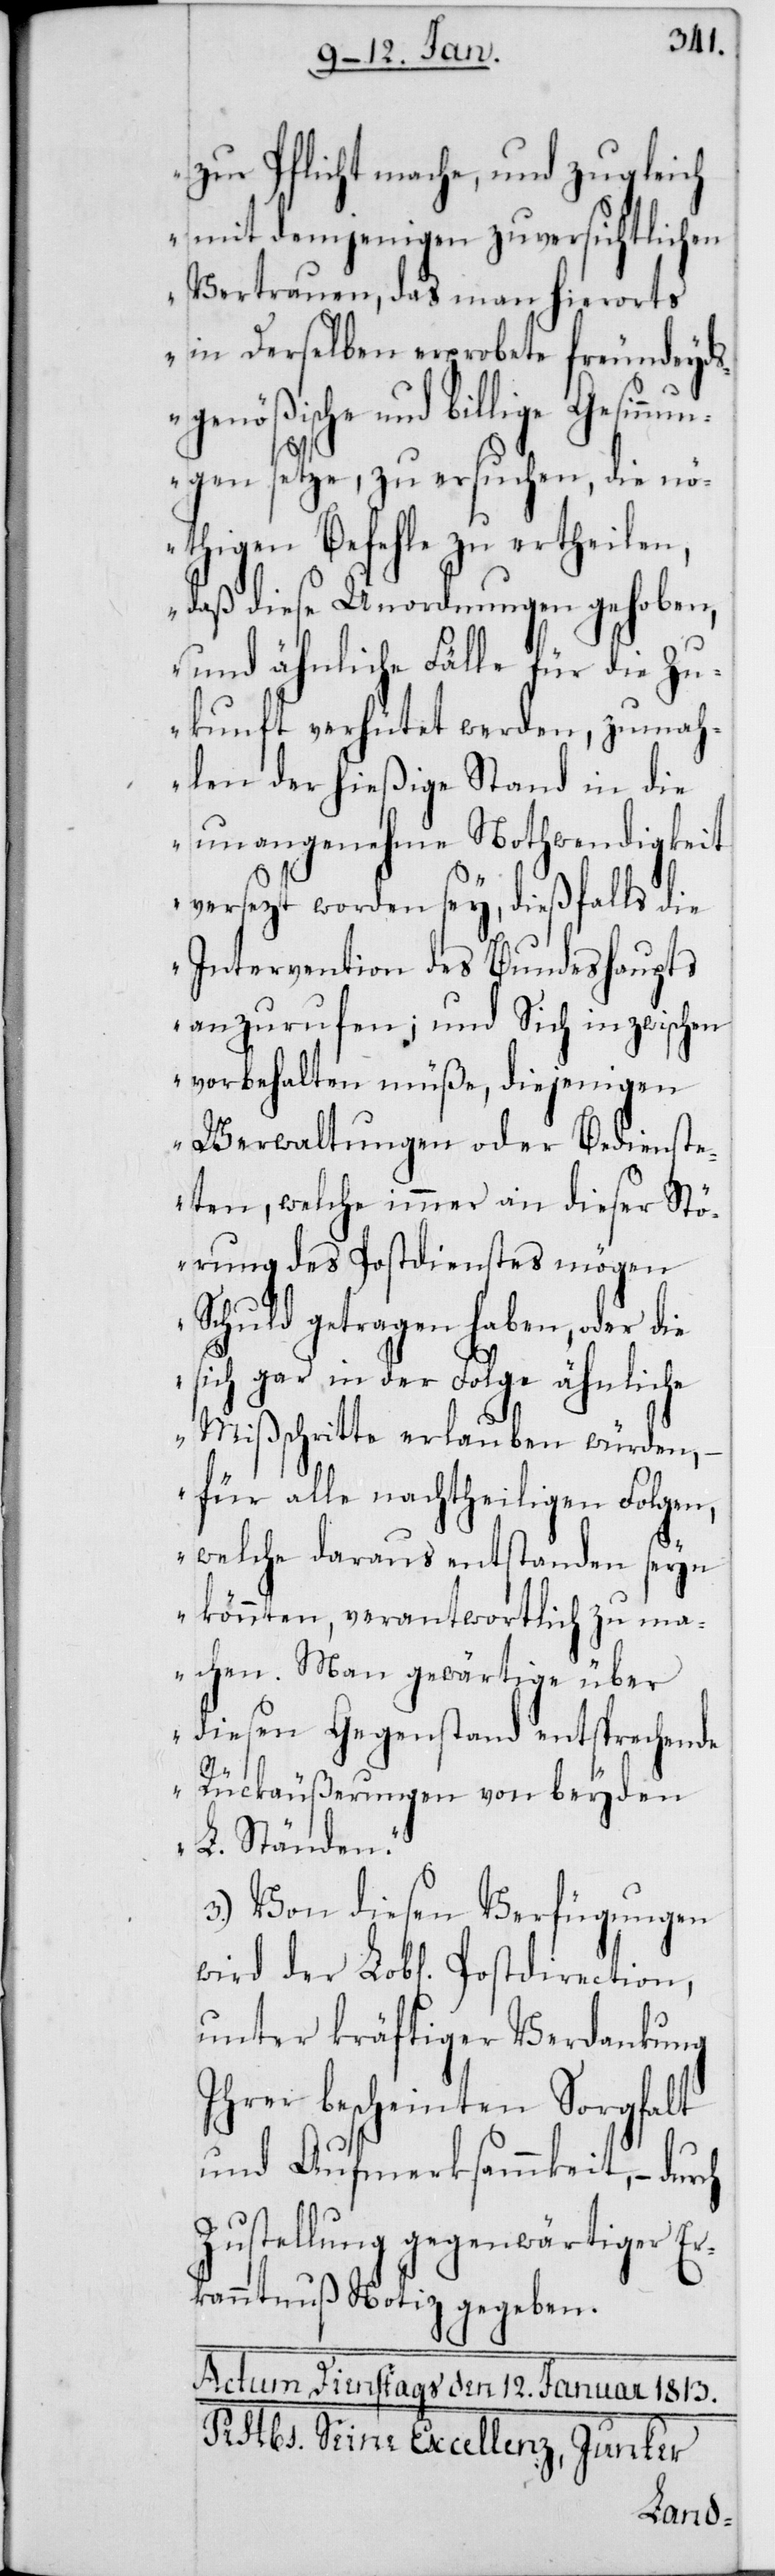
zur Pflicht mache, und zugleich
mit demjenigen zuversichtlichen
Vertrauen, das man hierorts
in Derselben erprobte freundeyds¬
Lobl[ichen] Postdirection,
gen setze, zu ersuchen, die nö¬
thigen Befehle zu ertheilen,
daß diese Unordnungen gehoben,
und ähnliche Fälle für die Zu¬
kunft verhütet werden, zumah¬
len der hießige Stand in die
unangenehme Nothwendigkeit
versezt worden sey, dießfalls die
Intervention des Bundeshaupts
anzurufen; und Sich inzwischen
vorbehalten müße, diejenigen
Verwaltungen oder Bedienste¬
ten, welche immer an dieser Stö¬
rung des Postdienstes mögen
Schuld getragen haben, oder d¬
ie sich gar in der Folge ähnliche
Mißschritte erlauben würden,
– für alle nachtheiligen Folgen,
welche daraus entstanden seyn
könnten, verantwortlich zu ma¬
chen. Man gewärtige über
diesen Gegenstand entsprechende
Rückäußerungen von beyden
L. Ständen.“
3.) Von diesen Verfügungen
unter kräftiger Verdankung
ihrer bescheinten Sorgfalt
und Aufmerksammkeit, – durch
Zustellung gegenwärtiger Er¬
kanntnuß Notiz gegeben.
innun¬